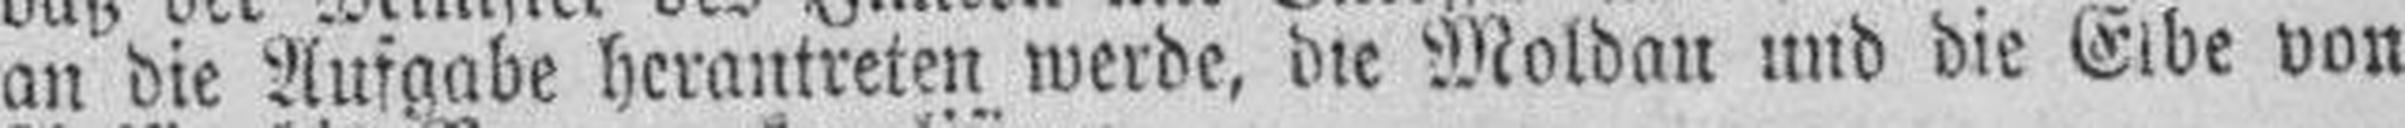
an die Aufgabe herautreten werde, die Moldau und die Elbe von